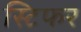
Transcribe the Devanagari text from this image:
स्टिफर